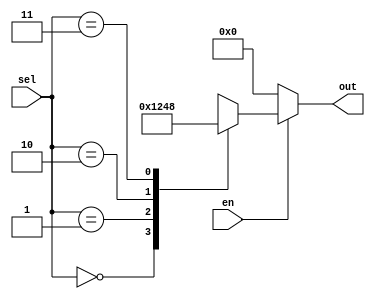
`timescale 1ns / 1ps
//////////////////////////////////////////////////////////////////////////////////
// Company: 
// Engineer: 
// 
// Design Name: 
// Module Name: DMUX
// Project Name: 
// Target Devices: 
// Tool Versions: 
// Description: 
// 
// Dependencies: 
// 
// Revision:
// Revision 0.01 - File Created
// Additional Comments:
// 
//////////////////////////////////////////////////////////////////////////////////

// DMUX having one entry and 4 exits
module DMUX(
        input [1:0] sel,
        input en,
        output reg [3:0] out        
    );
always@(*)
if (en == 1)
   case (sel)
       0 : out = 4'b0001;
       1 : out = 4'b0010;
       2 : out = 4'b0100;
       3 : out = 4'b1000;
   endcase
else
    out = 4'b0000;
endmodule